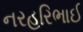
નરહરિભાઈ